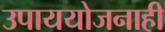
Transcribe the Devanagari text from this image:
उपाययोजनाही